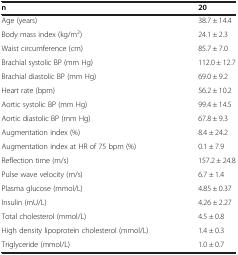
| n | 20 |
 | --- | --- |
 | Age (years) | 38.7 ± 14.4 |
 | Body mass index (kg/m2) | 24.1 ± 2.3 |
 | Waist circumference (cm) | 85.7 ± 7.0 |
 | Brachial systolic BP (mm Hg) | 112.0 ± 12.7 |
 | Brachial diastolic BP (mm Hg) | 69.0 ± 9.2 |
 | Heart rate (bpm) | 56.2 ± 10.2 |
 | Aortic systolic BP (mm Hg) | 99.4 ± 14.5 |
 | Aortic diastolic BP (mm Hg) | 67.8 ± 9.3 |
 | Augmentation index (%) | 8.4 ± 24.2 |
 | Augmentation index at HR of 75 bpm (%) | 0.1 ± 7.9 |
 | Reflection time (m/s) | 157.2 ± 24.8 |
 | Pulse wave velocity (m/s) | 6.7 ± 1.4 |
 | Plasma glucose (mmol/L) | 4.85 ± 0.37 |
 | Insulin (mU/L) | 4.26 ± 2.27 |
 | Total cholesterol (mmol/L) | 4.5 ± 0.8 |
 | High density lipoprotein cholesterol (mmol/L) | 1.4 ± 0.3 |
 | Triglyceride (mmol/L) | 1.0 ± 0.7 |